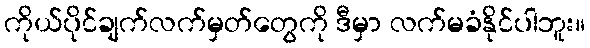
ကိုယ်ပိုင်ချက်လက်မှတ်တွေကို ဒီမှာ လက်မခံနိုင်ပါဘူး။